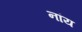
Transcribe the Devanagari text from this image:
नांय